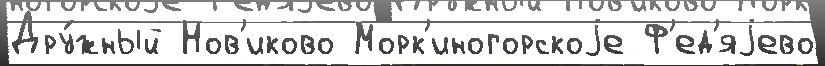
Дру́жный Нов'иково Морк'иногорскоjе Ф'ед'яjево